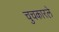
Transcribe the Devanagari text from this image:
चुचकारले